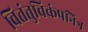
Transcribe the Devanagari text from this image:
वितंतुविकंपनित्र